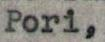
Pori,